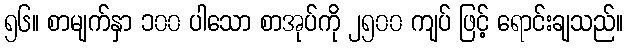
၅၆။ စာမျက်နှာ ၁၀၀ ပါသော စာအုပ်ကို ၂၅၀၀ ကျပ် ဖြင့် ရောင်းချသည်။